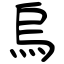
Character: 烏